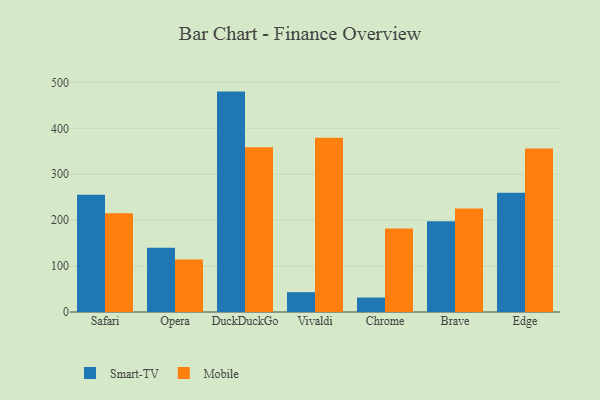
{"axis": {"x": "Browser", "y": "Shipments"}, "legend": ["Mobile", "Smart-TV"], "data": [{"x": "Safari", "y": 255.4, "type": "Smart-TV"}, {"x": "Safari", "y": 214.9, "type": "Mobile"}, {"x": "Opera", "y": 139.8, "type": "Smart-TV"}, {"x": "Opera", "y": 114.2, "type": "Mobile"}, {"x": "DuckDuckGo", "y": 479.9, "type": "Smart-TV"}, {"x": "DuckDuckGo", "y": 358.5, "type": "Mobile"}, {"x": "Vivaldi", "y": 43.2, "type": "Smart-TV"}, {"x": "Vivaldi", "y": 379.3, "type": "Mobile"}, {"x": "Chrome", "y": 31.5, "type": "Smart-TV"}, {"x": "Chrome", "y": 181.8, "type": "Mobile"}, {"x": "Brave", "y": 197.8, "type": "Smart-TV"}, {"x": "Brave", "y": 225.1, "type": "Mobile"}, {"x": "Edge", "y": 259.4, "type": "Smart-TV"}, {"x": "Edge", "y": 356.2, "type": "Mobile"}]}